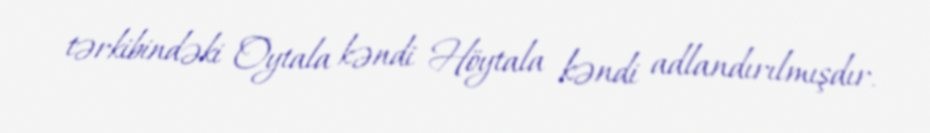
tərkibindəki Oytala kəndi Höytala kəndi adlandırılmışdır.